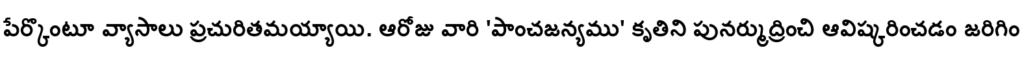
పేర్కొంటూ వ్యాసాలు ప్రచురితమయ్యాయి. ఆరోజు వారి 'పాంచజన్యము' కృతిని పునర్ముద్రించి ఆవిష్కరించడం జరిగిం